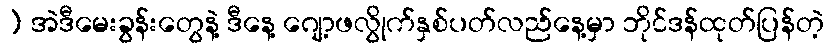
) အဲဒီမေးခွန်းတွေနဲ့ ဒီနေ့ ဂျော့ဖလွိုက်နှစ်ပတ်လည်နေ့မှာ ဘိုင်ဒန်ထုတ်ပြန်တဲ့